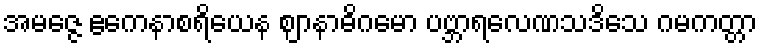
အမဇ္ဇေ ဧကေနာစရိယေန ဈာနာဓိဂမော ပဗ္ဘာရလေဏသဒိသေ ဂမကတ္တာ